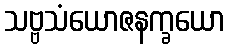
သဗ္ဗသံယောဇနက္ခယော